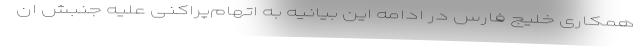
همکاری خلیج فارس در ادامه این بیانیه به اتهام‌پراکنی علیه جنبش ان